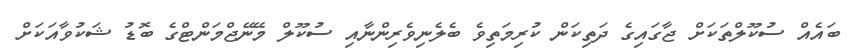
ބައެއް ސުކޫލްތަކަށް ޖާގައިގެ ދަތިކަން ކުރިމަތިވެ ބެލެނިވެރިންނާއި ސުކޫލް މޭނޭޖްމަންޓްގެ ބޮޑު ޝަކުވާއަކަށް